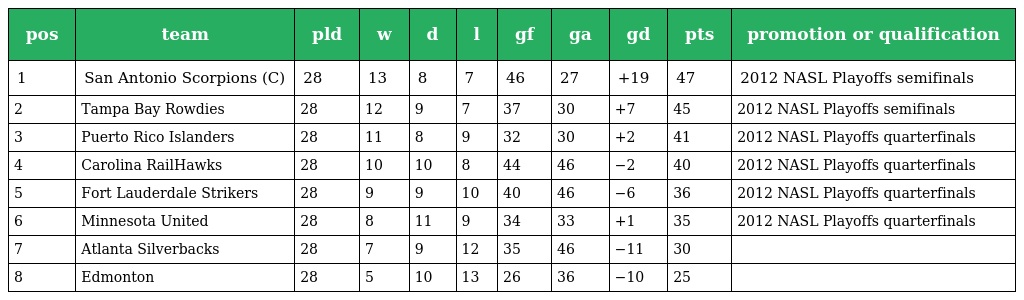
| pos | team | pld | w | d | l | gf | ga | gd | pts | promotion or qualification |
 | --- | --- | --- | --- | --- | --- | --- | --- | --- | --- | --- |
 | 1 | San Antonio Scorpions (C) | 28 | 13 | 8 | 7 | 46 | 27 | +19 | 47 | 2012 NASL Playoffs semifinals |
 | 2 | Tampa Bay Rowdies | 28 | 12 | 9 | 7 | 37 | 30 | +7 | 45 | 2012 NASL Playoffs semifinals |
 | 3 | Puerto Rico Islanders | 28 | 11 | 8 | 9 | 32 | 30 | +2 | 41 | 2012 NASL Playoffs quarterfinals |
 | 4 | Carolina RailHawks | 28 | 10 | 10 | 8 | 44 | 46 | −2 | 40 | 2012 NASL Playoffs quarterfinals |
 | 5 | Fort Lauderdale Strikers | 28 | 9 | 9 | 10 | 40 | 46 | −6 | 36 | 2012 NASL Playoffs quarterfinals |
 | 6 | Minnesota United | 28 | 8 | 11 | 9 | 34 | 33 | +1 | 35 | 2012 NASL Playoffs quarterfinals |
 | 7 | Atlanta Silverbacks | 28 | 7 | 9 | 12 | 35 | 46 | −11 | 30 |  |
 | 8 | Edmonton | 28 | 5 | 10 | 13 | 26 | 36 | −10 | 25 |  |